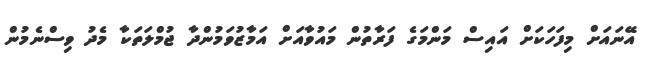
އޭނައަށް މިފަހަކަށް އައިސް މަންމަގެ ފަރާތުން މައުވާއަށް އަމާޒުވަމުންދާ ޖުމްލަތަކާ މެދު ވިސްނެމުން